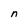
Character: n